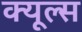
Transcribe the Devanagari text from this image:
क्‍यूल्‍स